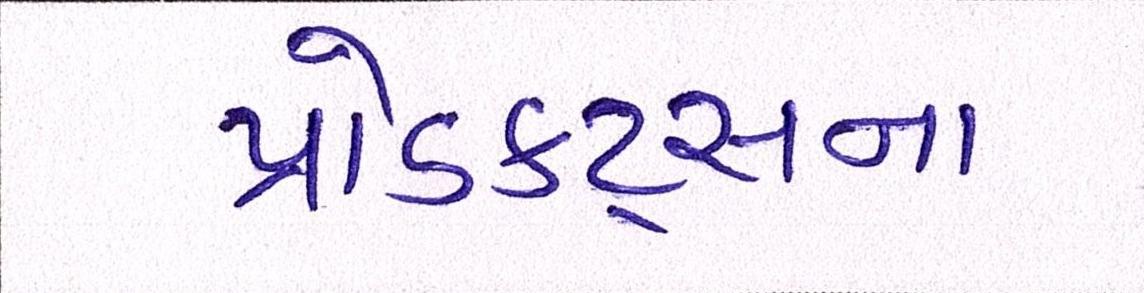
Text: પ્રોડક્ટ્સના